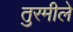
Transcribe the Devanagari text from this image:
तुरमीले